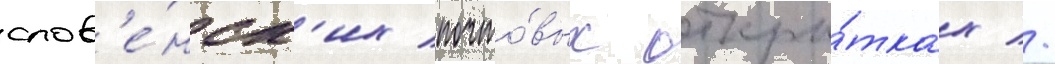
слов'е́нск'их почто́вых откры́тках //